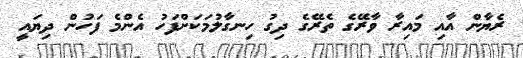
ރެޔާން އާއި މައިރާ ވާރޭގެ ތެރޭގެ ދިގު ހިނގާލުމަކަށްފަހު އެންމެ ފަހުން ދިޔައީ